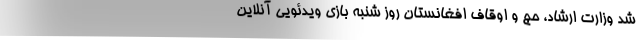
شد وزارت ارشاد، حج و اوقاف افغانستان روز شنبه بازی ویدئویی آنلاین